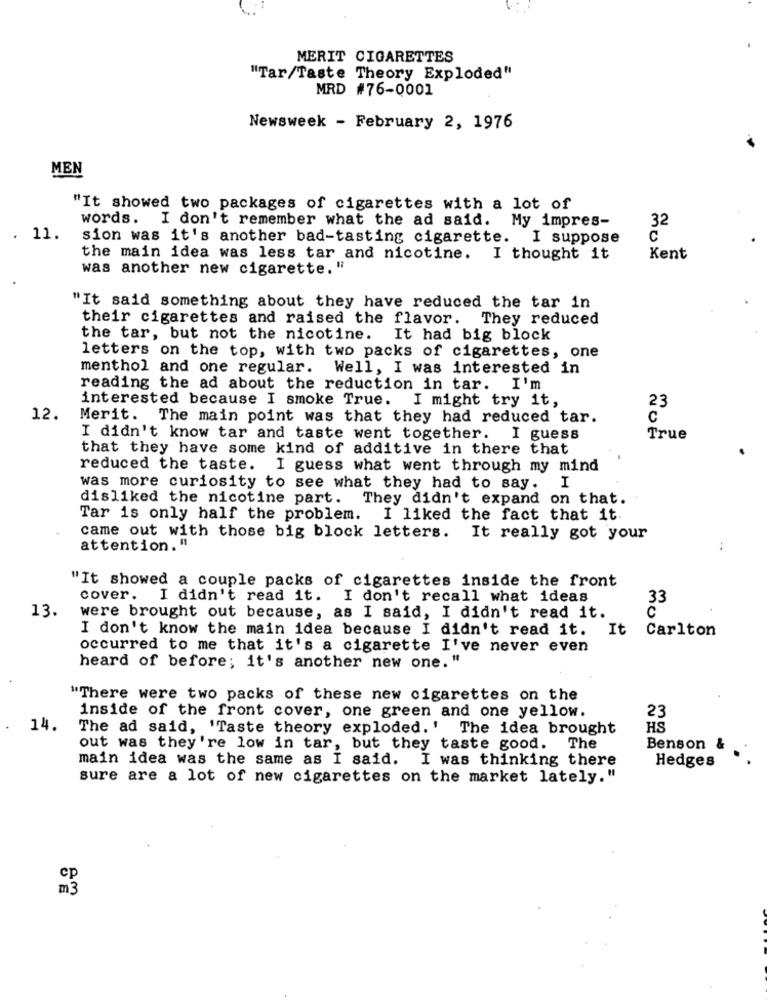
MERIT CIGARETTES
"Tar/Taste Theory Exploded"
MRD #76-0001
Newsweek - February 2, 1976
MEN
"It showed two packages of cigarettes with a lot of
words. I don't remember what the ad said. My impres-
32
11.
sion was it's another bad-tasting cigarette. I suppose
C
the main idea was less tar and nicotine. I thought it
Kent
was another new cigarette."
"It said something about they have reduced the tar in
their cigarettes and raised the flavor. They reduced
the tar, but not the nicotine.
It had big block
letters on the top, with two packs of cigarettes, one
menthol and one regular.
Well, I was interested in
reading the ad about the reduction in tar. I'm
interested because I smoke True. I might try it,
23
12.
Merit. The main point was that they had reduced tar.
C
I didn't know tar and taste went together. I guess
True
that they have some kind of additive in there that
reduced the taste. I guess what went through my mind
was more curiosity to see what they had to say.
I
disliked the nicotine part. They didn't expand on that.
Tar is only half the problem. I liked the fact that it.
came out with those big block letters. It really got your
attention. "
..
"It showed a couple packs of cigarettes inside the front
cover. I didn't read it. I don't recall what ideas
33
13.
were brought out because, as I said, I didn't read it.
I don't know the main idea because I didn't read it. It
Carlton
occurred to me that it's a cigarette I've never even
heard of before; it's another new one. "
"There were two packs of these new cigarettes on the
inside of the front cover, one green and one yellow.
23
14.
The ad said, 'Taste theory exploded.' The idea brought
HS
out was they're low in tar, but they taste good. The
Benson
main idea was the same as I said. I was thinking there
Hedges
sure are a lot of new cigarettes on the market lately."